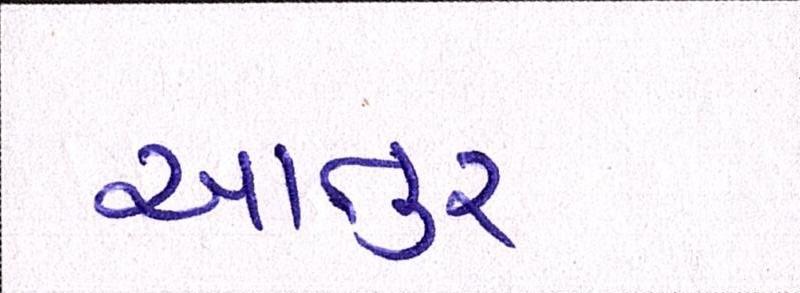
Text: આતુર